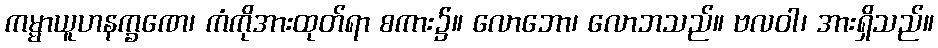
ကမ္မာယူဟနက္ခဏေ၊ ကံကိုအားထုတ်ရာ စကား၌။ လောဘော၊ လောဘသည်။ ဗလဝါ၊ အားရှိသည်။